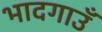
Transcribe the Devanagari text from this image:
भादगाउँ